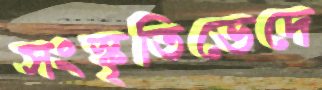
সংস্কৃতিভেদে